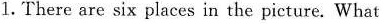
1.There are six places in the picture. What